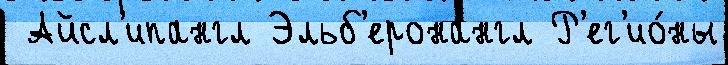
 Айсл'ипангл Эльб'еронангл Р'ег'ио́ны